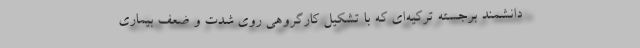
دانشمند برجسته ترکیه‌ای که با تشکیل کارگروهی روی شدت و ضعف بیماری